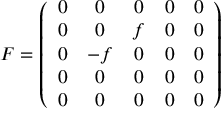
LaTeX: F = \left( \begin{array} { c c c c c } { { 0 } } & { { 0 } } & { { 0 } } & { { 0 } } & { { 0 } } \\ { { 0 } } & { { 0 } } & { { f } } & { { 0 } } & { { 0 } } \\ { { 0 } } & { { - f } } & { { 0 } } & { { 0 } } & { { 0 } } \\ { { 0 } } & { { 0 } } & { { 0 } } & { { 0 } } & { { 0 } } \\ { { 0 } } & { { 0 } } & { { 0 } } & { { 0 } } & { { 0 } } \end{array} \right)